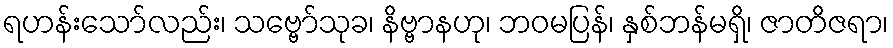
ရဟန်းသော်လည်း၊ သဗ္ဗော်သုခ၊ နိဗ္ဗာနဟု၊ ဘဝမပြန်၊ နှစ်ဘန်မရှိ၊ ဇာတိဇရာ၊